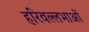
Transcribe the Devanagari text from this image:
हरिवल्लभाओं